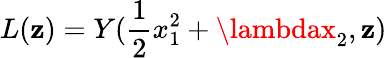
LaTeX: L(\mathbf{z})=Y(\frac{{1}}{{2}}x_{1}^{2}+\lambdax_{2},\mathbf{z})